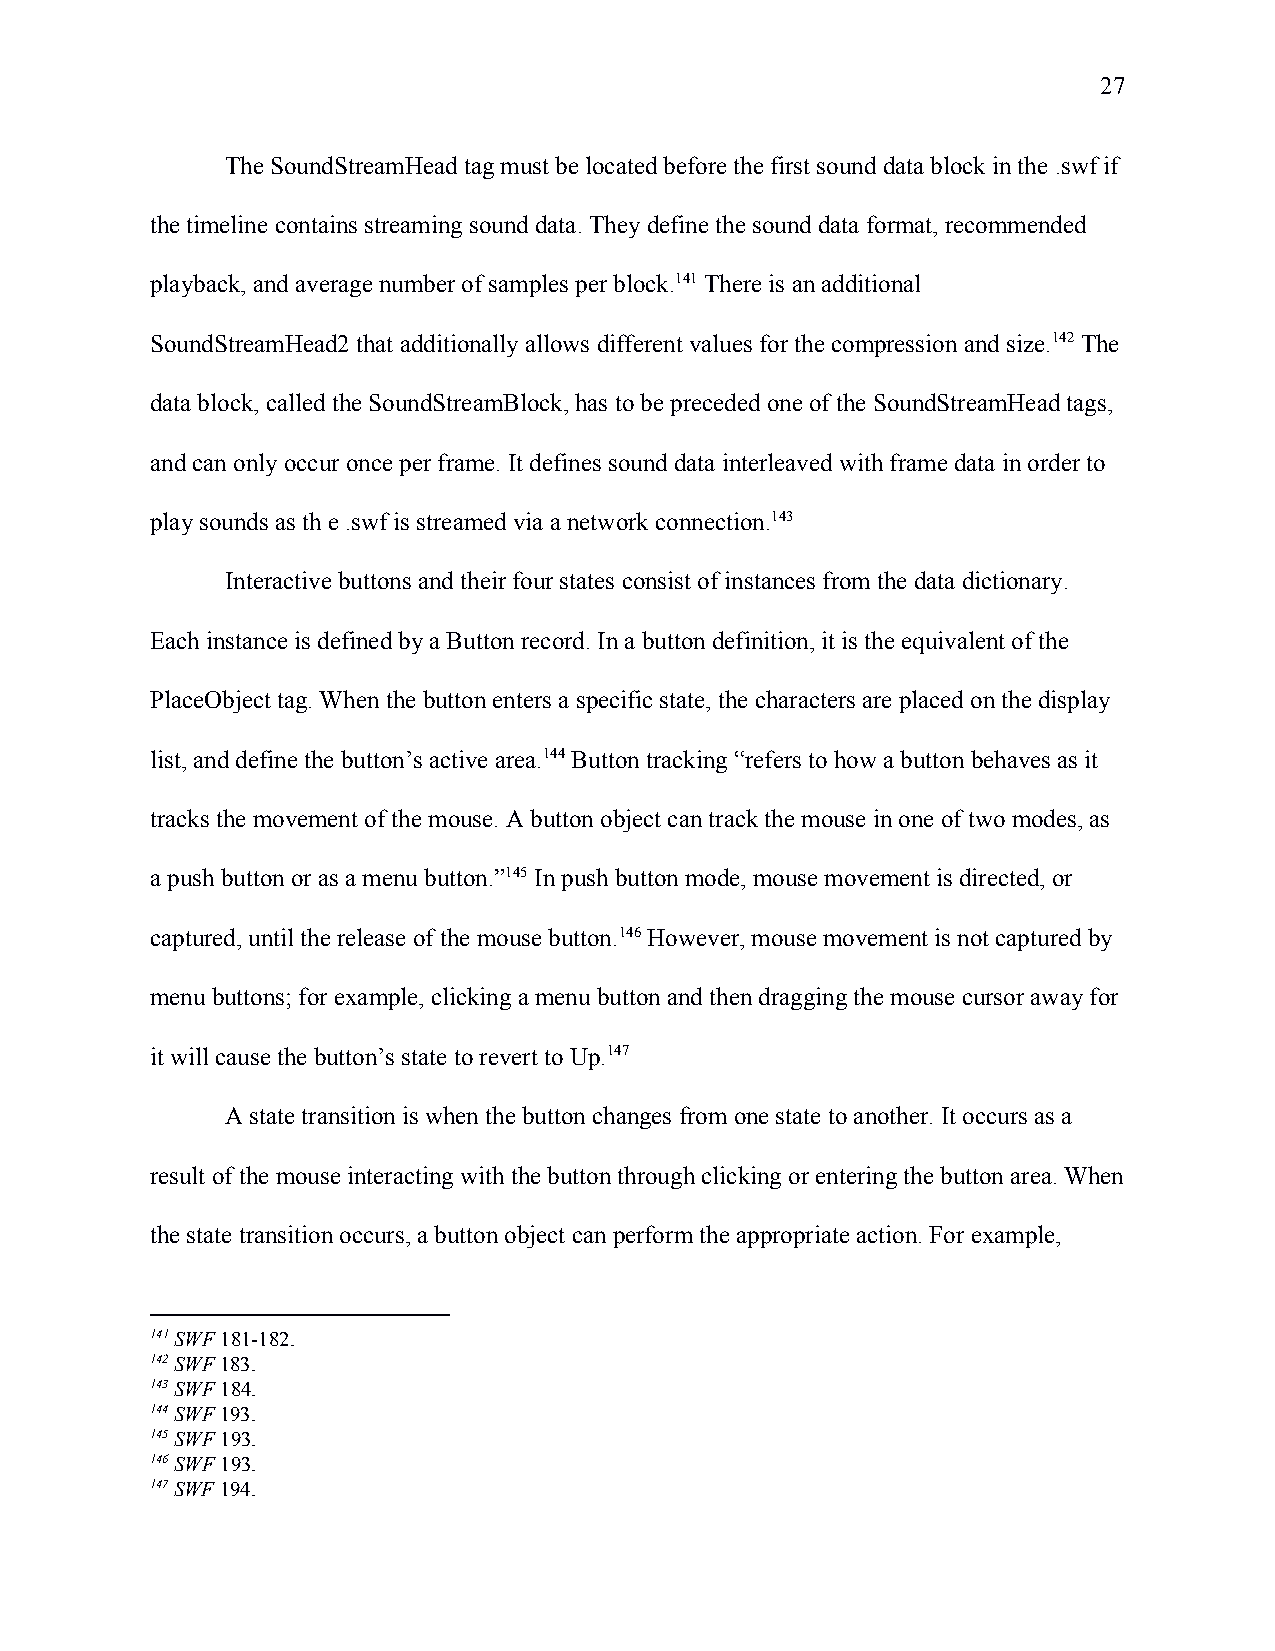
27
 The SoundStreamHead tag must be located before the first sound data block in the .swf if
 the timeline contains streaming sound data. They define the sound data format, recommended
 playback, and average number of samples per block.141 There is an additional
 SoundStreamHead2 that additionally allows different values for the compression and size.142 The
 data block, called the SoundStreamBlock, has to be preceded one of the SoundStreamHead tags,
 and can only occur once per frame. It defines sound data interleaved with frame data in order to
 play sounds as th e .swf is streamed via a network connection.143
 Interactive buttons and their four states consist of instances from the data dictionary.
 Each instance is defined by a Button record. In a button definition, it is the equivalent of the
 PlaceObject tag. When the button enters a specific state, the characters are placed on the display
 list, and define the button’s active area.144 Button tracking “refers to how a button behaves as it
 tracks the movement of the mouse. A button object can track the mouse in one of two modes, as
 a push button or as a menu button.”145 In push button mode, mouse movement is directed, or
 captured, until the release of the mouse button.146 However, mouse movement is not captured by
 menu buttons; for example, clicking a menu button and then dragging the mouse cursor away for
 it will cause the button’s state to revert to Up.147
 A state transition is when the button changes from one state to another. It occurs as a
 result of the mouse interacting with the button through clicking or entering the button area. When
 the state transition occurs, a button object can perform the appropriate action. For example,
 141 SWF 181-182.
 ​​
 142 SWF 183.
 ​
 143 SWF 184.
 ​​
 144 SWF 193.
 ​
 145 SWF 193.
 ​​
 146 SWF 193.
 ​​
 147 SWF 194.
 ​